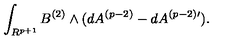
\int _ { R ^ { p + 1 } } B ^ { ( 2 ) } \wedge ( d A ^ { ( p - 2 ) } - d A ^ { ( p - 2 ) \prime } ) .